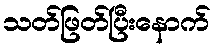
သတ်ဖြတ်ပြီးနောက်